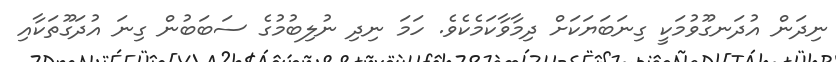
ނިދަން އުދަނގޫވުމަކީ ގިނަބަޔަކަށް ދިމާވާކަމެކެވެ. ހަމަ ނިދި ނުލިބުމުގެ ސަބަބުން ގިނަ އުދަގޫތަކާއި